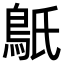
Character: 䲬